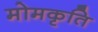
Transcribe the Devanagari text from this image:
मोमकृति